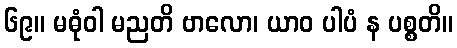
၆၉။ မဓုံဝါ မညတိ ဗာလော၊ ယာဝ ပါပံ န ပစ္စတိ။